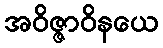
အဝိဇ္ဇာဝိနယေ